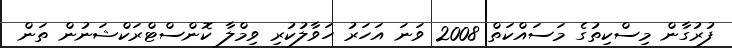
ފުރުގާން މިސްކިތުގެ މަސައްކަތް 2008 ވަނަ އަހަރު ހަވާލުކުރި ވިމްލާ ކޮންސްޓްރަކްޝަނުން ތަން